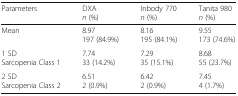
| Parameters | DXAn (%) | Inbody 770n (%) | Tanita 980n (%) |
 | --- | --- | --- | --- |
 | Mean | 8.97197 (84.9%) | 8.16195 (84.1%) | 9.55173 (74.6%) |
 | 1 SDSarcopenia Class 1 | 7.7433 (14.2%) | 7.2935 (15.1%) | 8.6855 (23.7%) |
 | 2 SDSarcopenia Class 2 | 6.512 (0.9%) | 6.422 (0.9%) | 7.454 (1.7%) |